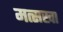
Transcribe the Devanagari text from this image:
मत्सखा